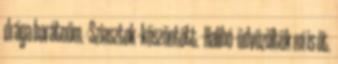
drága barátnőm. -Sziasztok -köszöntött. -Halihó -üdvözöltük mi is őt.